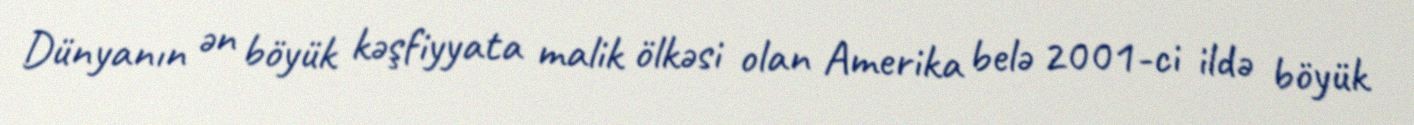
Dünyanın ən böyük kəşfiyyata malik ölkəsi olan Amerika belə 2001-ci ildə böyük